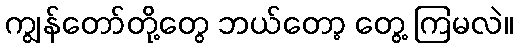
ကျွန်တော်တို့တွေ ဘယ်တော့ တွေ့ ကြမလဲ။